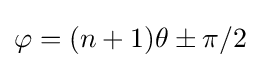
\varphi =(n+1)\theta \pm \pi /2